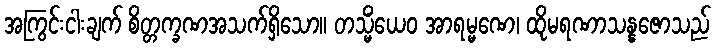
အကြွင်းငါးချက် စိတ္တက္ခဏအသက်ရှိသော။ တသ္မိံယေဝ အာရမ္မဏေ၊ ထိုမရဏာသန္နဇောသည်